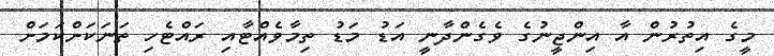
މީގެ އިތުރުން އާ އިންޖީނުގެ ވެގެންދާނީ އަޑު މަޑު ތިމާވެއްޓާއި ރައްޓެހި ތަނަކަށްކަމަށް